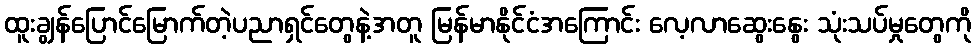
ထူးချွန်ပြောင်မြောက်တဲ့ပညာရှင်တွေနဲ့အတူ မြန်မာနိုင်ငံအကြောင်း လေ့လာဆွေးနွေး သုံးသပ်မှုတွေကို